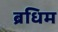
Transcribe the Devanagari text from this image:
ब्रधिम